Civil Veterinary Dept. Bombay admin report 1932-41 - 1932-1941
Year: 1932
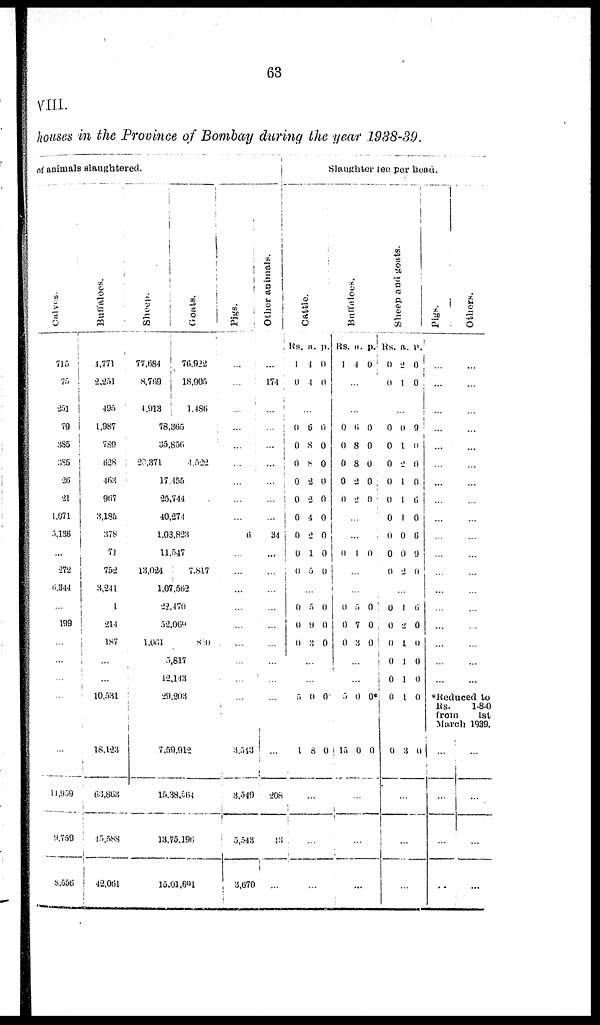
63
VIII.
houses in the Province of Bombay during the year 1938-39.
of animals slaughtered.
Calves.
715
75
251
79
385
385
26
21
1,071
5,136
...
272
6,344
...
199
...
...
...
...
...
11,959
9,759
8,556
Buffaloes.
.1,771
2,251
495
1,987
789
628
463
967
3,18ft
378
71
752
3,241
1
214
1.87
...
...
10,531
18,123
63,863
15,588
42,061
Sheep.
77,684
8,769
4,913
Goat s .
76,922
18,905
1,486
78,365
35,856
20,371
4,522
17,455
25,744
40,271
1,03,823
11,547
13,024
7,817
1,07.562
22,170
52,069
1,061
800
5,817
12,143
29,203
7,59,912
15,38,564
13,75,196
15,01,691
Pigs.
...
...
...
...
...
...
...
...
...
6
...
...
...
...
...
...
...
...
...
3,543
3,549
5,543
3,670
Ot her animals.
...
174
...
...
...
...
...
...
...
34
...
...
...
...
...
...
...
...
...
...
208
43
...
Slaughter fee per head.
Cattle.
Rs.
1
0
a.
4
1
p.
0
0
...
0
0
0
0
0
0
0
0
0
6
8
8
2
2
4
2
1
5
0
0
0
0
0
0
0
0
0
...
0
0
0
5
9
3
0
0
0
...
...
5
1
0
8
0
0
...
...
...
Buffaloes.
Rs.
1
a.
4
p.
0
...
...
0
0
0
0
0
6
8
8
2
2
0
0
0
0
0
...
...
0 1 0
...
...
0
0
0
5
7
3
0
0
0
...
...
5
15
0
0
0*
0
...
...
...
Sheep and goats.
Rs.
0
0
a.
2
1
p.
0
0
...
0
0
0
0
0
0
0
0
0
0
1
2
1
1
1
0
0
2
9
0
0
0
6
0
6
9
0
...
0
0
0
0
0
0
0
1
2
1
1
1
1
3
6
0
0
0
0
0
0
...
...
...
Pigs.
Others.
*Reduced
to
Rs.
1-8-0
from
1st
March 1939.
...
...
...
...
...
...
...
...